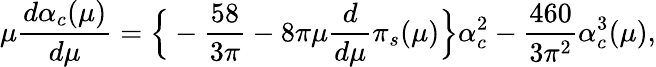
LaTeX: \mu\frac{d\alpha_{c}(\mu)}{d\mu}=\Big\{ -\frac{58}{3\pi}-8\pi\mu\frac{d}{d\mu}\pi_{s}(\mu)\Big\} \alpha_{c}^{2}-\frac{460}{3\pi^{2}}\alpha_{c}^{3}(\mu),